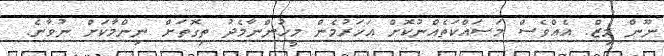
ނޫން މިޒް. އެއްވެސް މަސައްކަތެއްނުކޮށް އަހަރުމެން މީހުންނާމެދު ތިގޮތަށް ނިންމާކަށް ނުވާނެ.